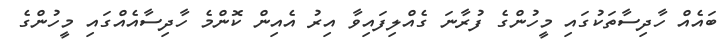
ބައެއް ހާދިސާތަކުގައި މީހުންގެ ފުރާނަ ގެއްލިފައިވާ އިރު އެއިން ކޮންމެ ހާދިސާއެއްގައި މީހުންގެ